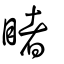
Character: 睹